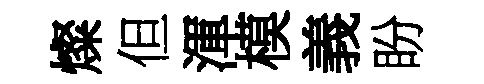
燦但渾模義盼